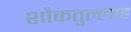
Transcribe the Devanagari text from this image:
शौकतुल्लाह